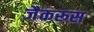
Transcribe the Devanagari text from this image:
जैकरूस